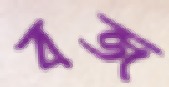
বজ